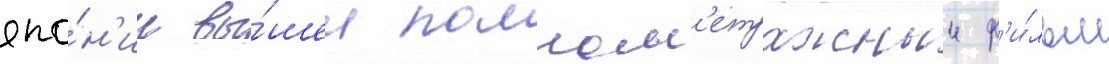
япо́н'ии вы́шел полном'етражныи ф'и́льм